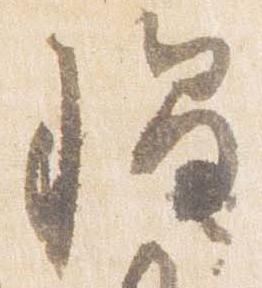
帽